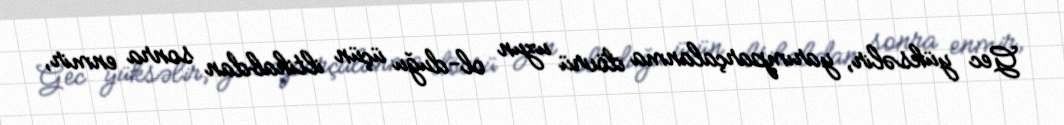
Gec yüksəlir, yarımparçalanma dövrü uzun ol-duğu üçün iltihabdan sonra enmir,